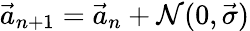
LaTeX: \vec{a}_{n+1}=\vec{a}_{n}+\mathcal{N}(0,\vec{\sigma})